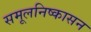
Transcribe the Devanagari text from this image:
समूलनिष्कासन